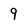
Character: 9